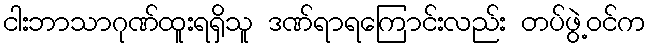
ငါးဘာသာဂုဏ်ထူးရရှိသူ ဒဏ်ရာရကြောင်းလည်း တပ်ဖွဲ့ဝင်က